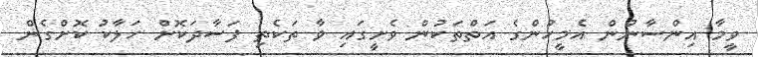
ވީމާ އިންސާނުން އެމީހުންގެ އަތްތަކުން ވެށީގައި ވާ ތަކެތި ފަސާދަކޮށް ހަލާކު ކޮށްގެން